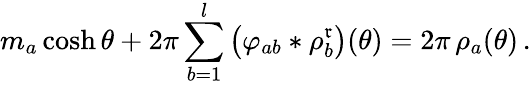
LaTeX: m_{a}\cosh\theta+2\pi\sum_{b=1}^{l}\, \bigl(\varphi_{ab}*\rho_{b}^{\mathfrak{r}}\bigr)(\theta)=2\pi\, \rho_{a}(\theta)\, .